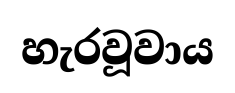
හැරවූවාය